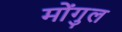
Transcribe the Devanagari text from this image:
मोंगुल